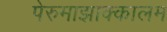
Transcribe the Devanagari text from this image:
पेरुमाझाक्कालम